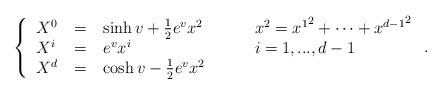
LaTeX: \begin{align*}\left\{\begin{tabular}{lclcll} $X^{0} $&=& $\sinh {v} + \frac 12 e^{ {v}} x^2 $ & & $ $ & $x^2 = {x^1}^2+ \cdots +{x^{d-1}}^2$ \cr$X^{i} $&=& $e^{ {v}} x^i $ & & $ $& $ { i=1,...,d-1}$\cr $X^{d}$&=&$ \cosh {v} - \frac 12 e^{ {v}} x^2$ & & &\end{tabular}\right. .\end{align*}